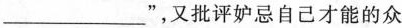
___”，又批评妒忌自己才能的众